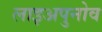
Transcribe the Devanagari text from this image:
लाइअपुनोव